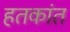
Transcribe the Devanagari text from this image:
हतकांत